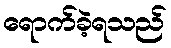
ရောက်ခဲ့ရသည်